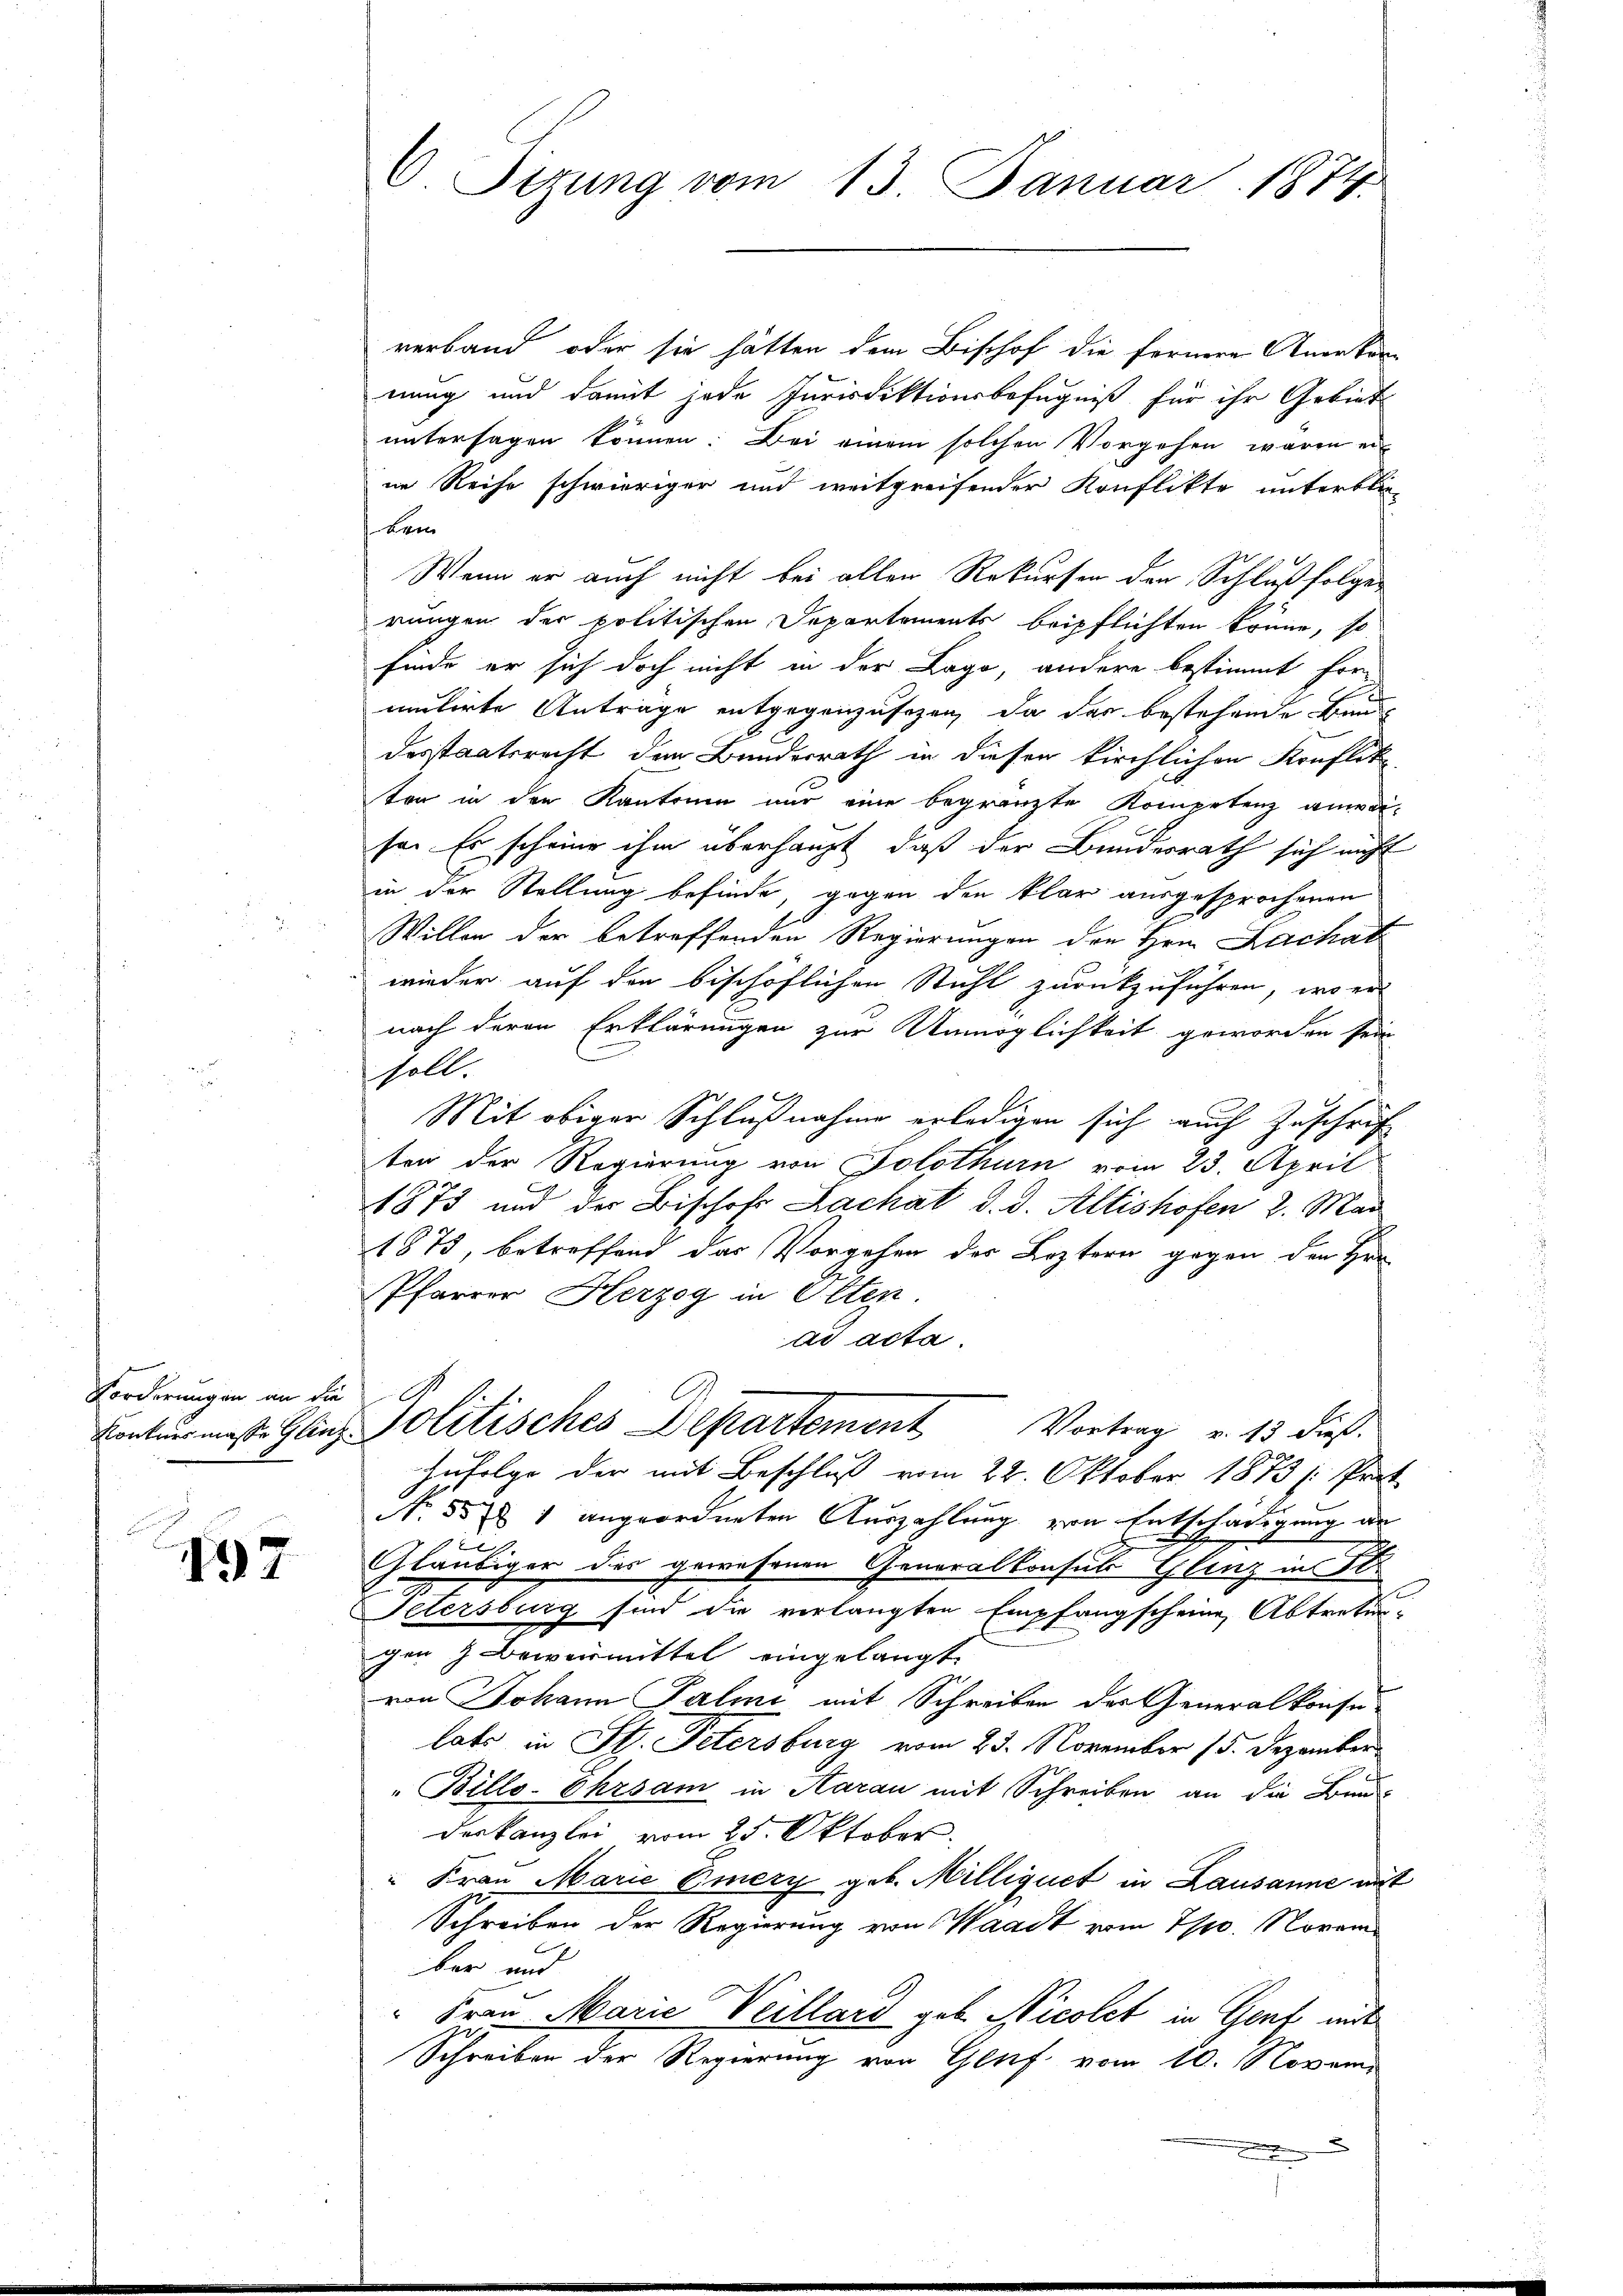
Forderungen an die
Konkursmasse Glinz

197

C. Sizung vom 13. Januar 1874.

verband, oder sie hätten dem Bischof die fernere Anerken-
nung und damit jede Jurisdiktionsbefugniß für ihr Gebiet
untersagen können. Bei einem solchen Vorgehen waren ei
ne Reihe schwieriger und weitgreifender Konflikte unterblie-
Ben
Wenn er auch nicht bei allen Rekursen der Schlußfolger
rungen der politischen Departements beipflichten könne, so
finde er sich doch nicht in der Lage, andere bestimmt formutirte Antrage entgegenzusehen, da das bestehende Bund
desstaatsrecht dem Bundesrath in dieser kirchlichen Konflik
ton in den Kantonie nur eine begrenzte Kompetenz anwesa. Es scheine ihm überhaupt, daß der Bundesrath sich nicht
in der Stellung befinde, gegen den klar ausgesprochenen
Willen der betreffenden Regierungen den Hrn. Lachat
wieder auf den bischöflichen Stuhl zurückzuführen, wo er
nach deren Erklärungen zur Unmöglichkeit geworden sein
C
soll.
Mit obiger Schlußnahme erledigen sich auch Zuschrift
ten der Regierung von Solothurn vom 23. April
1873 und der Bischofs Lachat d. d. Altishofen 2. Mai
1875, betreffend das Vorgehen des Leztern gegen den Her
Pfarrer Herzog in Olten.
ad acta
A
Politisches Departement Vortrag v. 13 dieß.
Zufolge der mit Beschluß vom 22. Oktober 1873 s. Prot
d
No. 557 1 angeordneten Auszahlung von Entschädigung an
b
Gläubiger des gewesenen Generalkonsuls Glanz in Str
Petersburg sind die verlangten Empfangscheine Abtretengen 7 Bewermittel eingelangt.
von Johann Palmi mit Schreiben des Generalkonse
lats in St. Petersburg vom 23. November 15. Dezember
" Billo-Ehrsam in Aarau mit Schreiben an die Bund
deskanzlei vom 25. Oktober.
" Frau Marie Eiery geb. Milliquet in Lausanne mit
Schreiben der Regierung von Waadt vom 7/10. Novem
ber und
 Frau Marie Veillard geb. Nicolet in Genf mit
Schreiben der Regierung von Genf vom 10. Novem